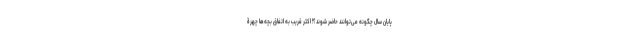
پایان سال چگونه می‌توانند حاضر شوند؟! اکثر قریب به اتفاق بچه‌ها چهرۀ